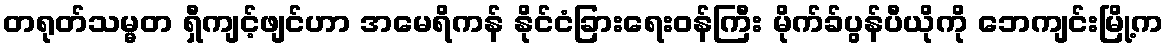
တရုတ်သမ္မတ ရှီကျင့်ဖျင်ဟာ အမေရိကန် နိုင်ငံခြားရေးဝန်ကြီး မိုက်ခ်ပွန်ပီယိုကို ဘေကျင်းမြို့က